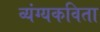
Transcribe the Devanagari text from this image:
व्यंग्यकविता